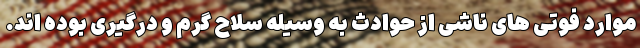
موارد فوتی های ناشی از حوادث به وسیله سلاح گرم و درگیری بوده اند.